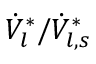
\dot { V } _ { l } ^ { * } / \dot { V } _ { l , s } ^ { * }